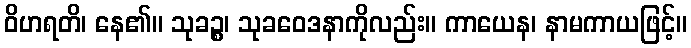
ဝိဟရတိ၊ နေ၏။ သုခဉ္စ၊ သုခဝေဒနာကိုလည်း။ ကာယေန၊ နာမကာယဖြင့်။